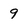
Character: 9